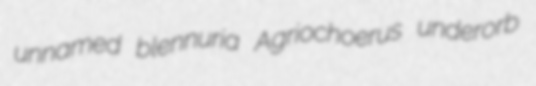
unnamed blennuria Agriochoerus underorb